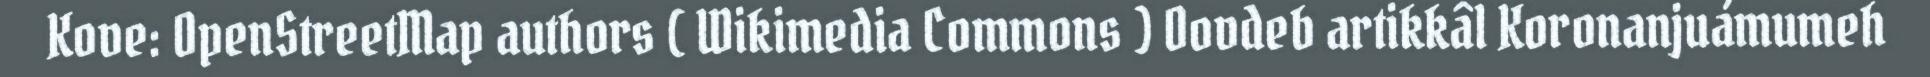
Kove: OpenStreetMap authors ( Wikimedia Commons ) Oovdeb artikkâl Koronanjuámumeh